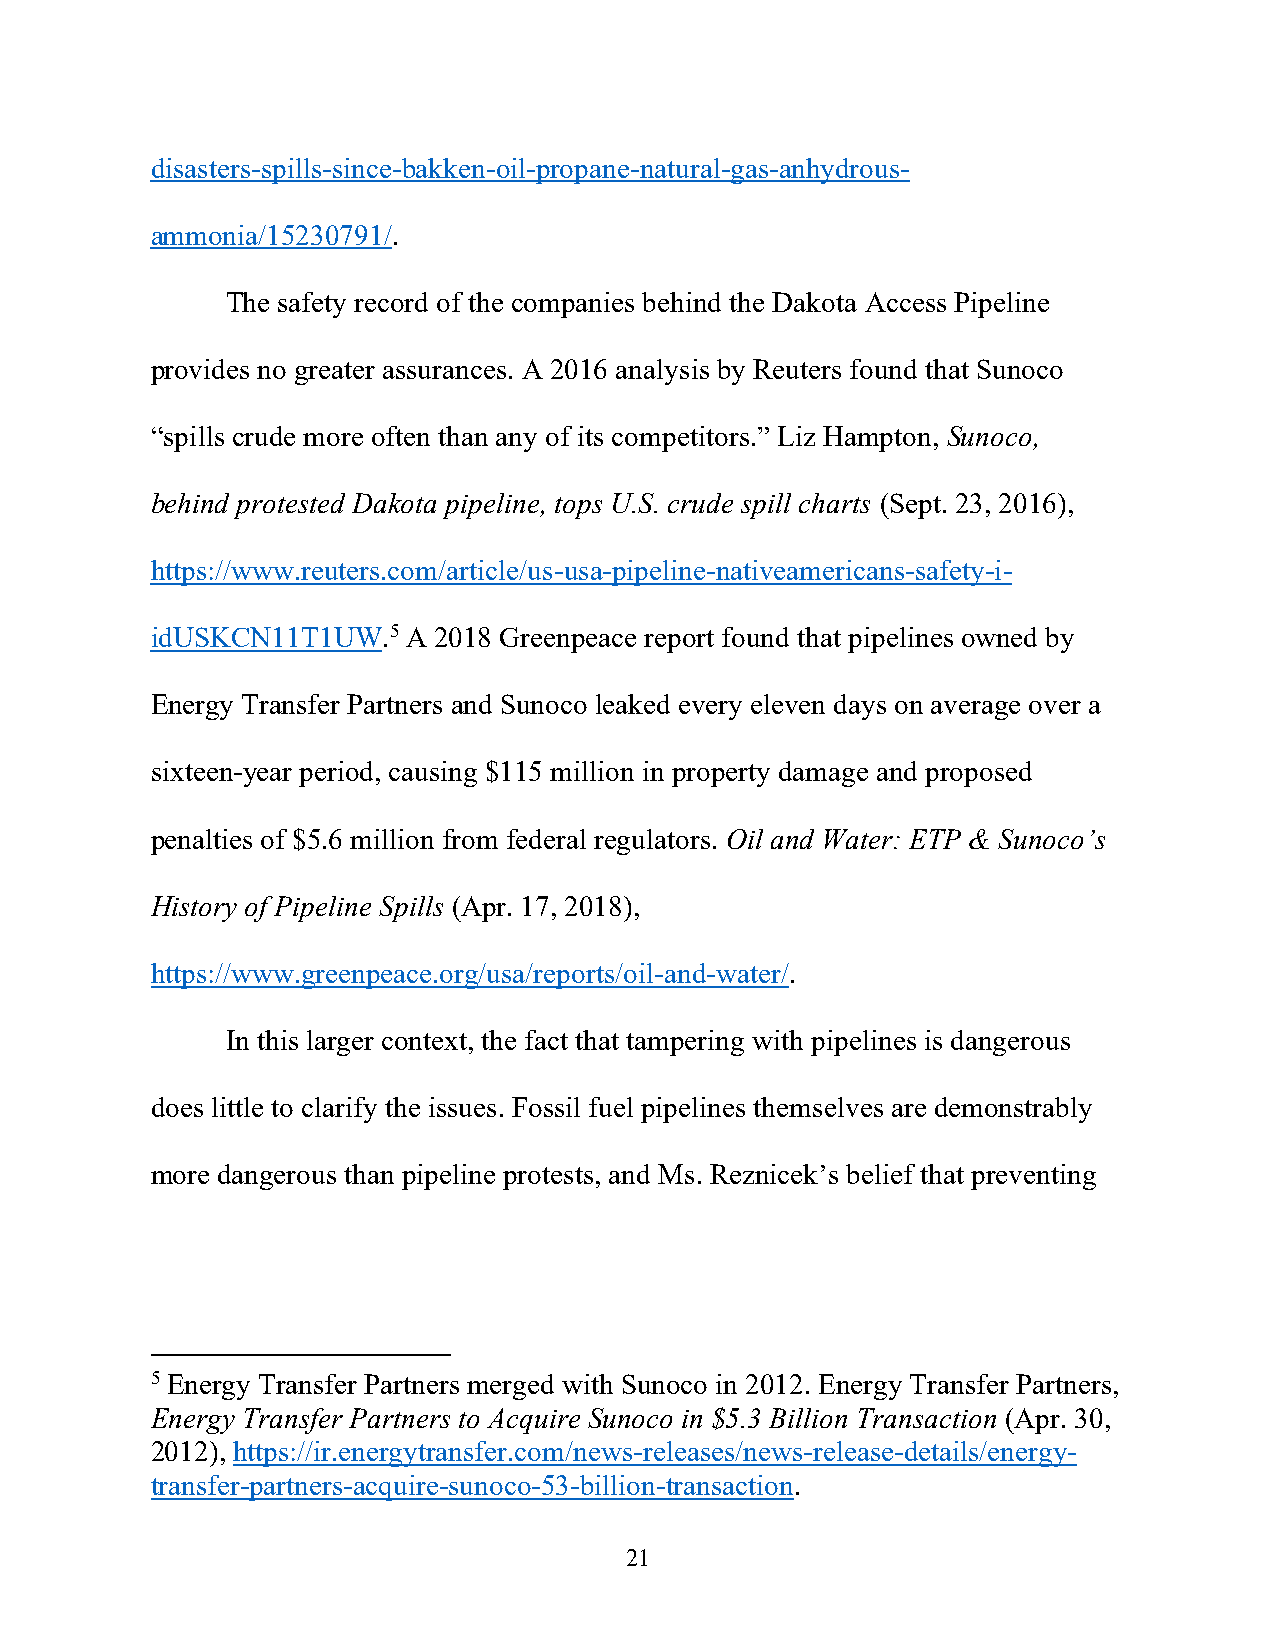
disasters-spills-since-bakken-oil-propane-natural-gas-anhydrous-
 ammonia/15230791/.
 The safety record of the companies behind the Dakota Access Pipeline
 provides no greater assurances. A 2016 analysis by Reuters found that Sunoco
 “spills crude more often than any of its competitors.” Liz Hampton, Sunoco,
 behind protested Dakota pipeline, tops U.S. crude spill charts (Sept. 23, 2016),
 https://www.reuters.com/article/us-usa-pipeline-nativeamericans-safety-i-
 idUSKCN11T1UW.5  A 2018 Greenpeace report found that pipelines owned by
 Energy Transfer Partners and Sunoco leaked every eleven days on average over a
 sixteen-year period, causing $115 million in property damage and proposed
 penalties of $5.6 million from federal regulators. Oil and Water: ETP & Sunoco’s
 History of Pipeline Spills (Apr. 17, 2018),
 https://www.greenpeace.org/usa/reports/oil-and-water/.
 In this larger context, the fact that tampering with pipelines is dangerous
 does little to clarify the issues. Fossil fuel pipelines themselves are demonstrably
 more dangerous than pipeline protests, and Ms. Reznicek’s belief that preventing
 5 Energy Transfer Partners merged with Sunoco in 2012. Energy Transfer Partners,
 Energy Transfer Partners to Acquire Sunoco in $5.3 Billion Transaction (Apr. 30,
 2012), https://ir.energytransfer.com/news-releases/news-release-details/energy-
 transfer-partners-acquire-sunoco-53-billion-transaction.
 21